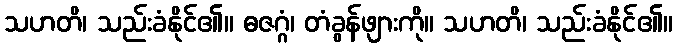
သဟတိ၊ သည်းခံနိုင်၏။ ဓဇဂ္ဂံ၊ တံခွန်ဖျားကို။ သဟတိ၊ သည်းခံနိုင်၏။